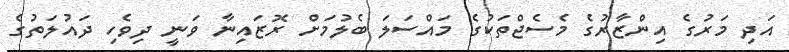
އަދި މަރުގެ އިންޒާރުގެ މެސެޖްތަަކުގެ މައްސަލަ ބެލުމަށް ރޮޒައިނާ ވަނީ ދިވެހި ދައުލަތުގެ